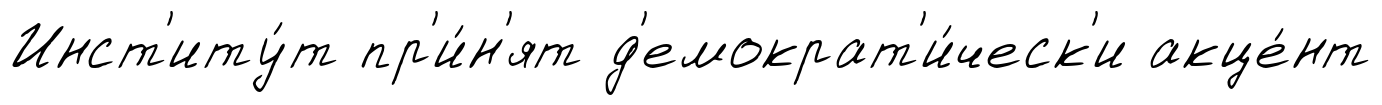
Инст'иту́т пр'и́н'ят д'емократ'и́ческ'и акце́нт